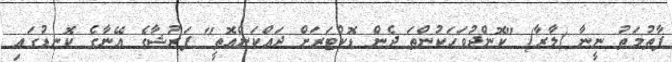
ފާތުމަތު ނީނާ (ލާރާ) "ކޮންދުވަހަކުންތަ ދެން ޑޮކްޓަރަށް ދައްކަންއޮތީ" ފަރުޝާގެ އޭނާގެ ކޮނޑުގައި